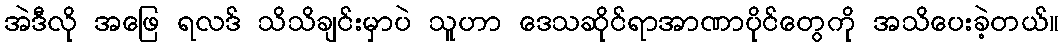
အဲဒီလို အဖြေ ရလဒ် သိသိချင်းမှာပဲ သူဟာ ဒေသဆိုင်ရာအာဏာပိုင်တွေကို အသိပေးခဲ့တယ်။